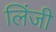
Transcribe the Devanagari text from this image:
लिंजी